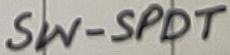
Text: SW-SPDT